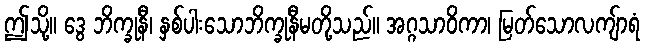
ဤသို့။ ဒွေ ဘိက္ခုနီ၊ နှစ်ပါးသောဘိက္ခုနီမတို့သည်။ အဂ္ဂသာဝိကာ၊ မြတ်သောလကျ်ာရံ